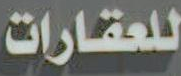
للعقارات